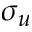
\sigma _ { u }